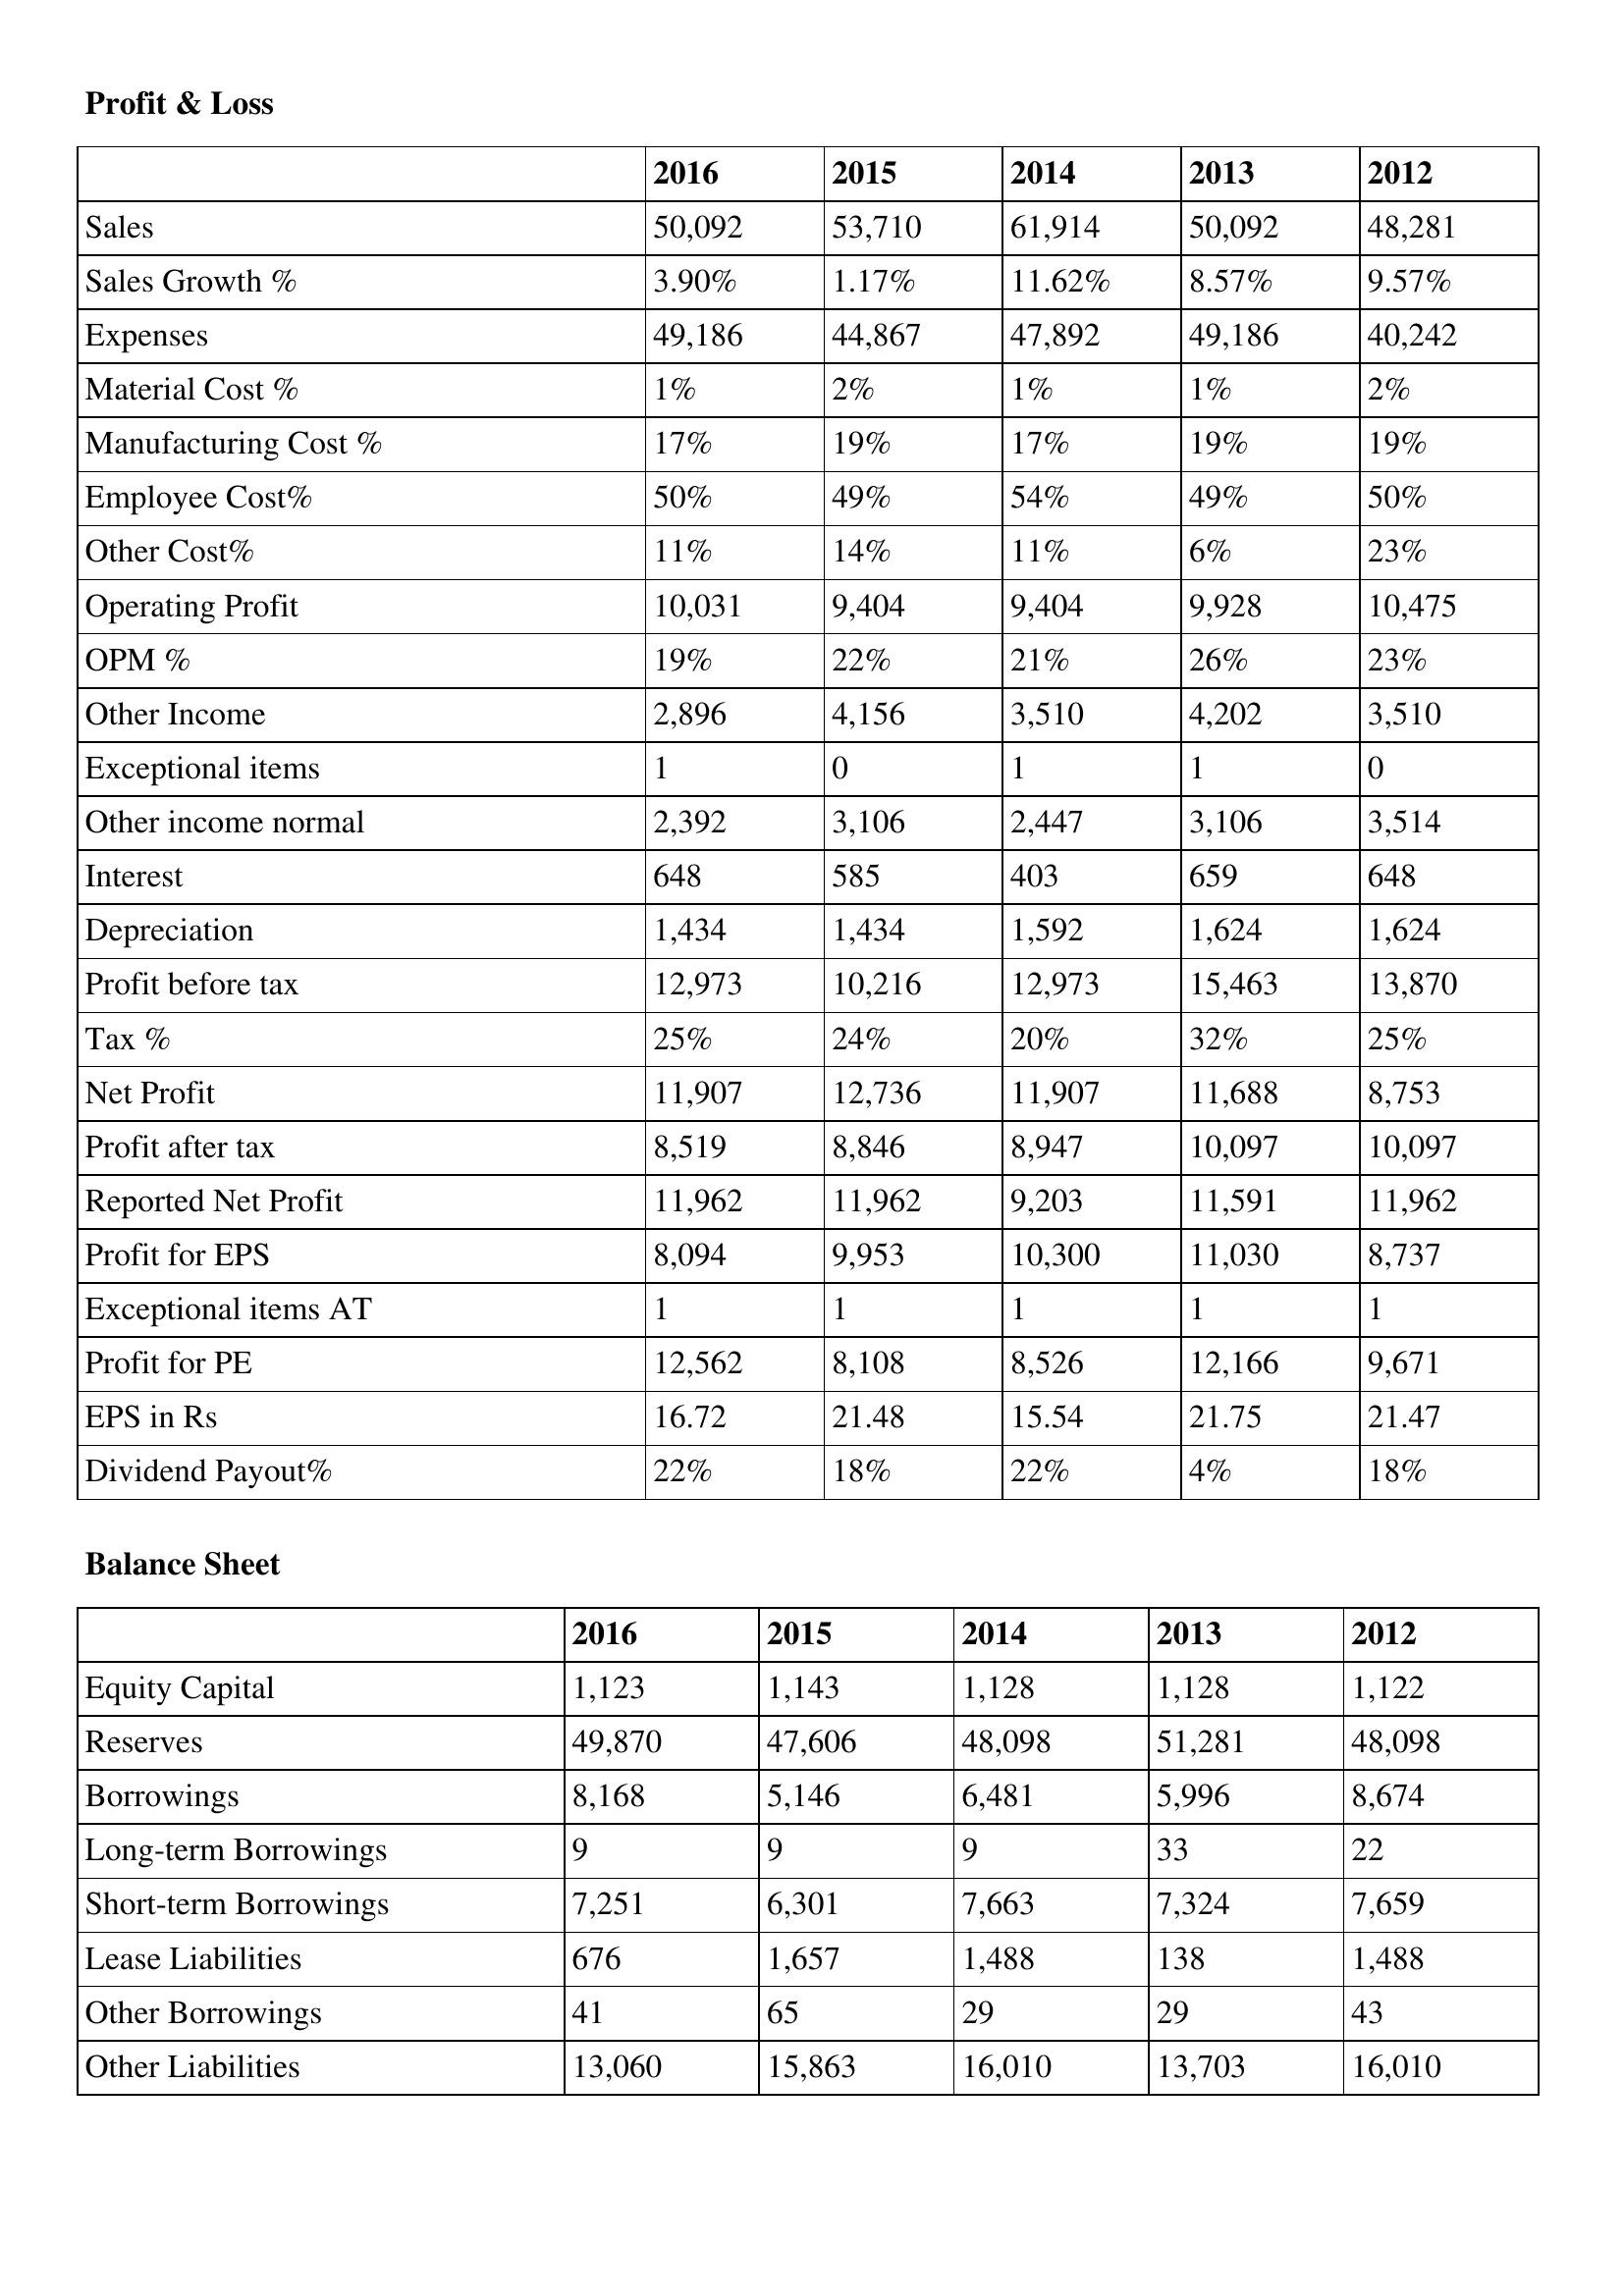
gt_parse: 2016: Profit & Loss: Sales: 50,092
Sales Growth %: 3.90%
Expenses: 49,186
Material Cost %: 1%
Manufacturing Cost %: 17%
Employee Cost%: 50%
Other Cost%: 11%
Operating Profit: 10,031
OPM %: 19%
Other Income: 2,896
Exceptional items: 1
Other income normal: 2,392
Interest: 648
Depreciation: 1,434
Profit before tax: 12,973
Tax %: 25%
Net Profit: 11,907
Profit after tax: 8,519
Reported Net Profit: 11,962
Profit for EPS: 8,094
Exceptional items AT: 1
Profit for PE: 12,562
EPS in Rs: 16.72
Dividend Payout%: 22%
Balance Sheet: Equity Capital: 1,123
Reserves: 49,870
Borrowings: 8,168
Long-term Borrowings: 9
Short-term Borrowings: 7,251
Lease Liabilities: 676
Other Borrowings: 41
Other Liabilities: 13,060
2015: Profit & Loss: Sales: 53,710
Sales Growth %: 1.17%
Expenses: 44,867
Material Cost %: 2%
Manufacturing Cost %: 19%
Employee Cost%: 49%
Other Cost%: 14%
Operating Profit: 9,404
OPM %: 22%
Other Income: 4,156
Exceptional items: 0
Other income normal: 3,106
Interest: 585
Depreciation: 1,434
Profit before tax: 10,216
Tax %: 24%
Net Profit: 12,736
Profit after tax: 8,846
Reported Net Profit: 11,962
Profit for EPS: 9,953
Exceptional items AT: 1
Profit for PE: 8,108
EPS in Rs: 21.48
Dividend Payout%: 18%
Balance Sheet: Equity Capital: 1,143
Reserves: 47,606
Borrowings: 5,146
Long-term Borrowings: 9
Short-term Borrowings: 6,301
Lease Liabilities: 1,657
Other Borrowings: 65
Other Liabilities: 15,863
2014: Profit & Loss: Sales: 61,914
Sales Growth %: 11.62%
Expenses: 47,892
Material Cost %: 1%
Manufacturing Cost %: 17%
Employee Cost%: 54%
Other Cost%: 11%
Operating Profit: 9,404
OPM %: 21%
Other Income: 3,510
Exceptional items: 1
Other income normal: 2,447
Interest: 403
Depreciation: 1,592
Profit before tax: 12,973
Tax %: 20%
Net Profit: 11,907
Profit after tax: 8,947
Reported Net Profit: 9,203
Profit for EPS: 10,300
Exceptional items AT: 1
Profit for PE: 8,526
EPS in Rs: 15.54
Dividend Payout%: 22%
Balance Sheet: Equity Capital: 1,128
Reserves: 48,098
Borrowings: 6,481
Long-term Borrowings: 9
Short-term Borrowings: 7,663
Lease Liabilities: 1,488
Other Borrowings: 29
Other Liabilities: 16,010
2013: Profit & Loss: Sales: 50,092
Sales Growth %: 8.57%
Expenses: 49,186
Material Cost %: 1%
Manufacturing Cost %: 19%
Employee Cost%: 49%
Other Cost%: 6%
Operating Profit: 9,928
OPM %: 26%
Other Income: 4,202
Exceptional items: 1
Other income normal: 3,106
Interest: 659
Depreciation: 1,624
Profit before tax: 15,463
Tax %: 32%
Net Profit: 11,688
Profit after tax: 10,097
Reported Net Profit: 11,591
Profit for EPS: 11,030
Exceptional items AT: 1
Profit for PE: 12,166
EPS in Rs: 21.75
Dividend Payout%: 4%
Balance Sheet: Equity Capital: 1,128
Reserves: 51,281
Borrowings: 5,996
Long-term Borrowings: 33
Short-term Borrowings: 7,324
Lease Liabilities: 138
Other Borrowings: 29
Other Liabilities: 13,703
2012: Profit & Loss: Sales: 48,281
Sales Growth %: 9.57%
Expenses: 40,242
Material Cost %: 2%
Manufacturing Cost %: 19%
Employee Cost%: 50%
Other Cost%: 23%
Operating Profit: 10,475
OPM %: 23%
Other Income: 3,510
Exceptional items: 0
Other income normal: 3,514
Interest: 648
Depreciation: 1,624
Profit before tax: 13,870
Tax %: 25%
Net Profit: 8,753
Profit after tax: 10,097
Reported Net Profit: 11,962
Profit for EPS: 8,737
Exceptional items AT: 1
Profit for PE: 9,671
EPS in Rs: 21.47
Dividend Payout%: 18%
Balance Sheet: Equity Capital: 1,122
Reserves: 48,098
Borrowings: 8,674
Long-term Borrowings: 22
Short-term Borrowings: 7,659
Lease Liabilities: 1,488
Other Borrowings: 43
Other Liabilities: 16,010